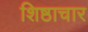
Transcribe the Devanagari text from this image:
शिष्ठाचार